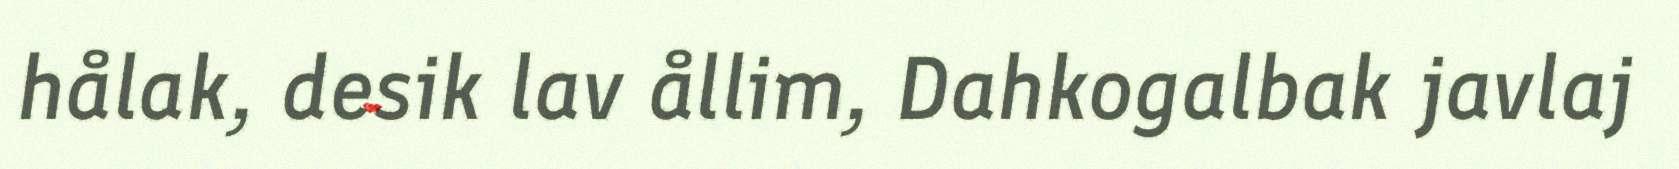
hålak, desik lav ållim, Dahkogalbak javlaj